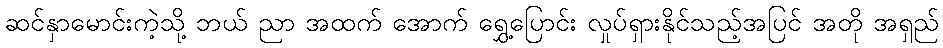
ဆင်နှာမောင်းကဲ့သို့ ဘယ် ညာ အထက် အောက် ရွှေ့ပြောင်း လှုပ်ရှားနိုင်သည့်အပြင် အတို အရှည်